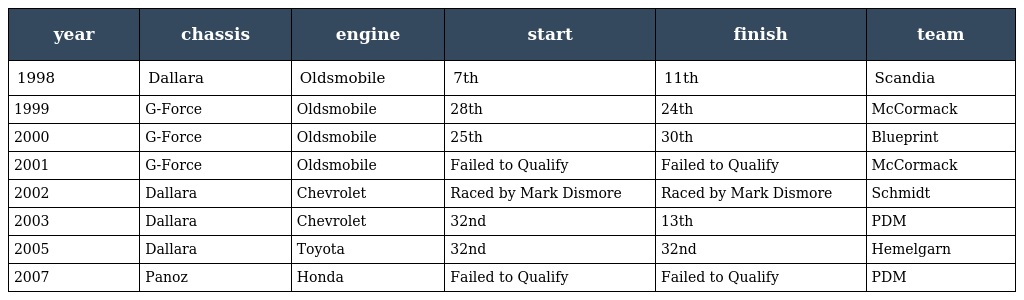
| year | chassis | engine | start | finish | team |
 | --- | --- | --- | --- | --- | --- |
 | 1998 | Dallara | Oldsmobile | 7th | 11th | Scandia |
 | 1999 | G-Force | Oldsmobile | 28th | 24th | McCormack |
 | 2000 | G-Force | Oldsmobile | 25th | 30th | Blueprint |
 | 2001 | G-Force | Oldsmobile | Failed to Qualify | Failed to Qualify | McCormack |
 | 2002 | Dallara | Chevrolet | Raced by Mark Dismore | Raced by Mark Dismore | Schmidt |
 | 2003 | Dallara | Chevrolet | 32nd | 13th | PDM |
 | 2005 | Dallara | Toyota | 32nd | 32nd | Hemelgarn |
 | 2007 | Panoz | Honda | Failed to Qualify | Failed to Qualify | PDM |